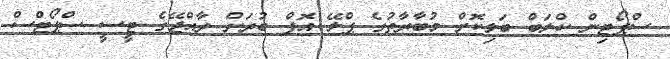
ސްޕޯޓިން ކްލަބް ބަލިކޮށް މުބާރާތުގެ ޕްލޭ އޮފް ބުރަށް ރާއްޖޭގެ ޓީސީ ސްޕޯޓްސް